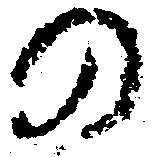
の